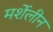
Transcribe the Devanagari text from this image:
मर्शेलीन